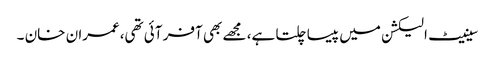
سینیٹ الیکشن میں پیسا چلتا ہے، مجھے بھی آفر آئی تھی،عمران خان ۔